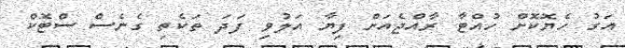
އަގު ހެޔޮކޮށް ހުއްޓާ ރާއްޖެއަށް ފިޔާ އަލުވި ފަދަ ތަކެތި ގެނެސް ސްޓޮކް